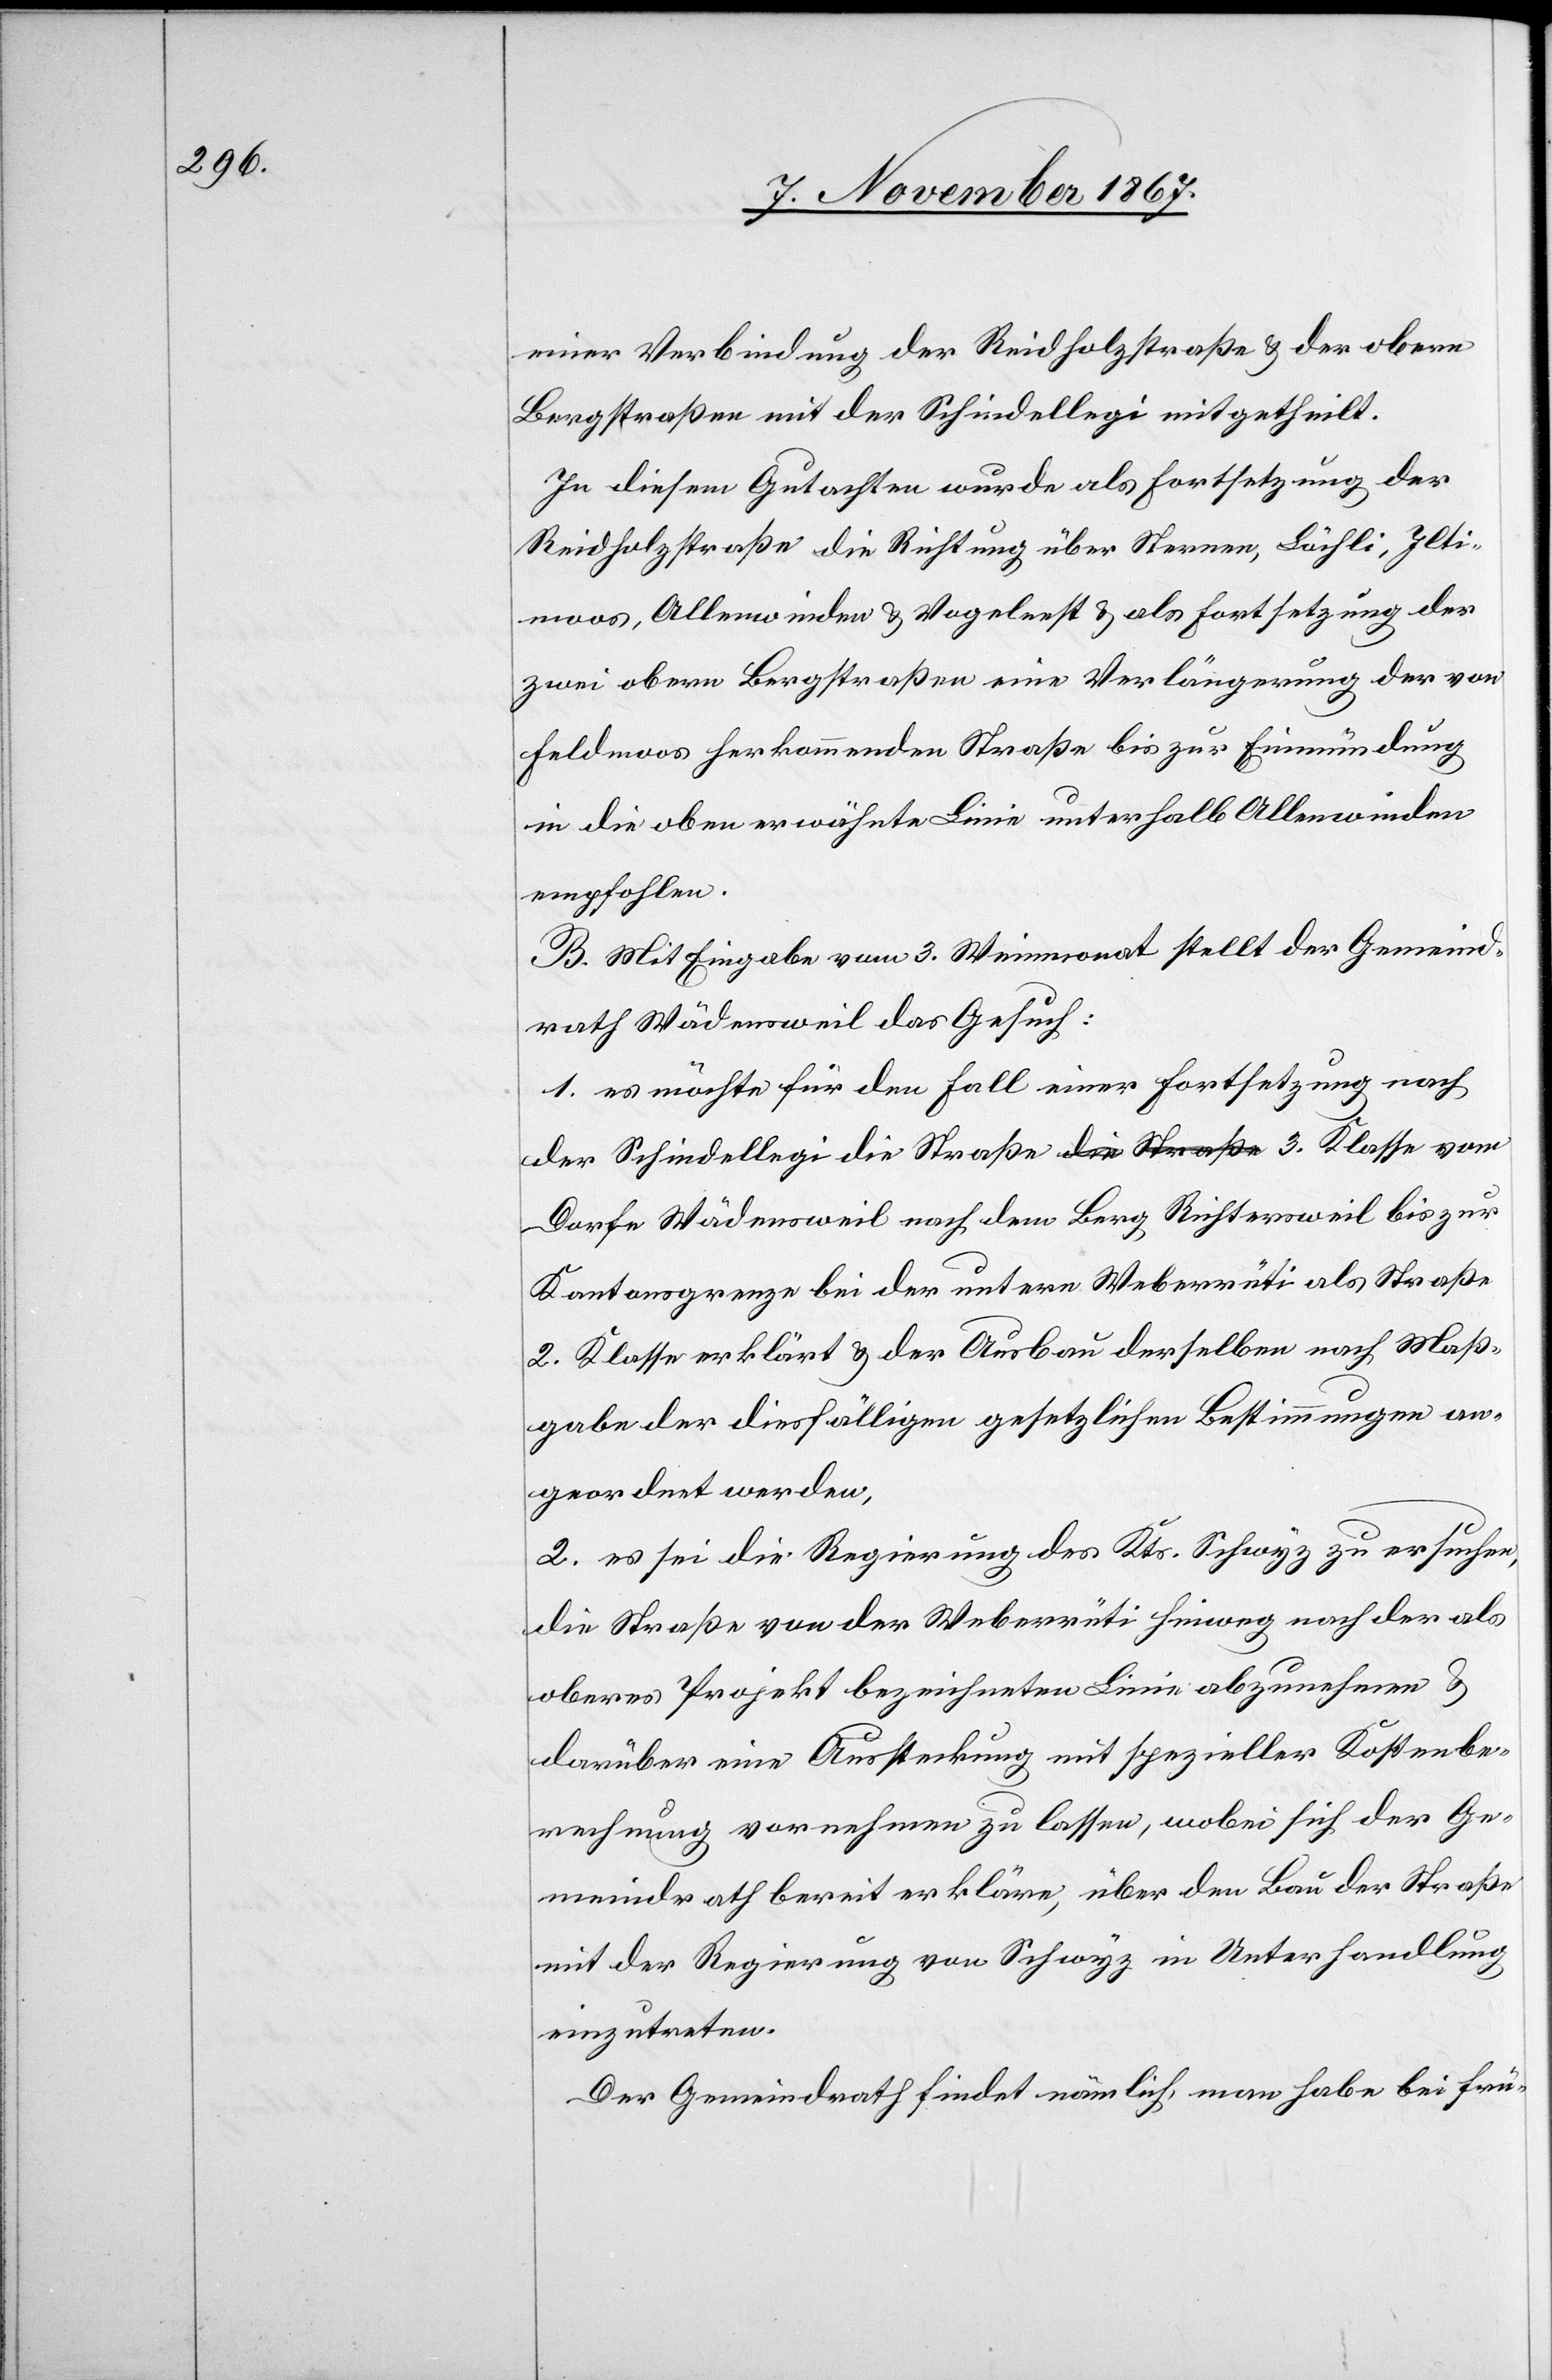
einer Verbindung der Reidholzstraße u. der obern
Bergstraße mit der Schindellegi mitgetheilt.
In diesem Gutachten wurde als Fortsetzung der
Reidholzstraße die Richtung über Sternen, Lächli, Ilti¬
moos, Allenwinden u. Vogelnest u. als Fortsetzung der
zwei obern Bergstraßen eine Verlängerung der von
Feldmoos herkommenden Straße bis zur Einmündung
in die oben erwähnte Linie unterhalb Allenwinden
empfohlen.
B. Mit Eingabe vom 3. Wintermonat stellt der Gemeind¬
rath Wädensweil das Gesuch:
1. es möchte für den Fall einer Fortsetzung nach
der Schindellegi die Straße 3. Klasse vom Dorfe
Kantonsgrenze bei der untern Weberrüti als Straße
2. Klasse erklärt u. der Ausbau derselben nach Maß¬
gabe der diesfälligen gesetzlichen Bestimmungen an¬
geordnet werden,
2. es sei die Regierung des Kts. Schwyz zu ersuchen,
die Straße von der Weberrüti hinweg nach der als
oberes Projekt bezeichneten Linie abzunehmen u.
darüber eine Aussteckung mit spezieller Kostenbe¬
rechnung vornehmen zu lassen, wobei sich der Ge¬
meindrath bereit erkläre, über den Bau der Straße
mit der Regierung von Schwyz in Unterhandlung
einzutreten.
Der Gemeindrath findet nämlich, man habe bei frü-